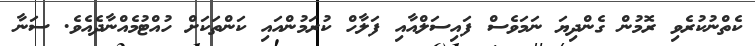
ކެތްނުކުރެވި ރޮމުން ގެންދިޔަ ނަމަވެސް ފައިސަލްއާއި ފަލާހް ކުރަމުންއައި ކަންތަކަށް ހުއްޓުމެއްނާދެއެވެ. ސަނާ